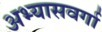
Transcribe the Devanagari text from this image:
अभ्यासवर्गा